Indian journal of veterinary science and animal husbandry - Volumes 24-25, 1954-1955
Year: 1954
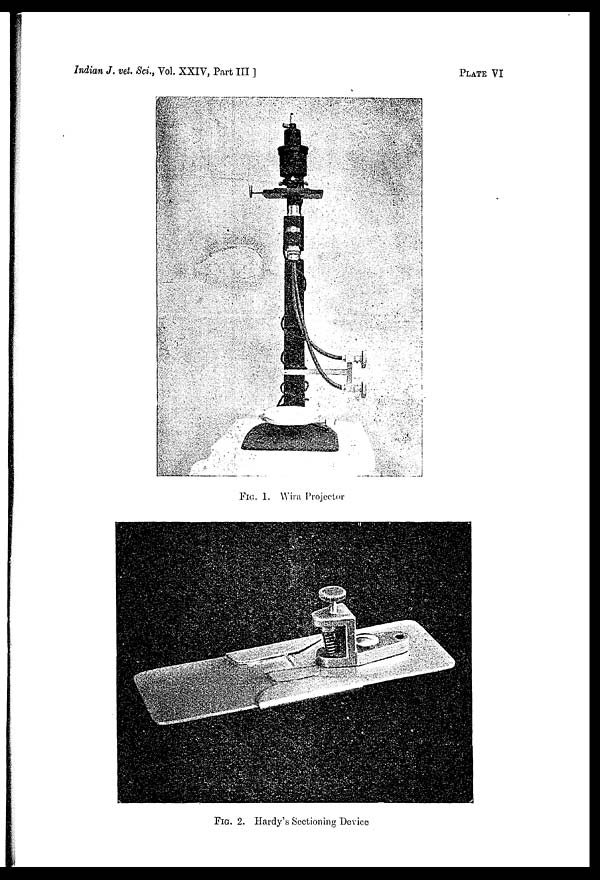
Indian J. vet. Sci., Vol. XXIV, Part III ]
PLATE
VI
FIG. 1. Wira Projector
FIG. 2. Hardy's Sectioning Device